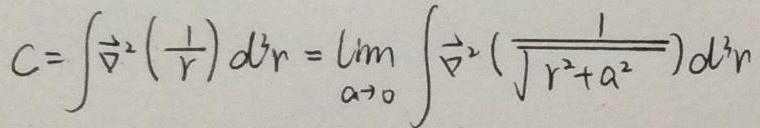
\[ C = \int \vec{\nabla}^2 \left( \frac{1}{r} \right) d^3 r = \lim_{a \to 0} \int \vec{\nabla}^2 \left( \frac{1}{\sqrt{r^2 + a^2}} \right) d^3 r \]